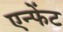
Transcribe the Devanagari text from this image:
एन्फेंट